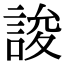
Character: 誜